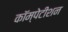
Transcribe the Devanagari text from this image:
कॉम्पेटीशन